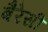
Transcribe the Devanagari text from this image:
बैरेसी